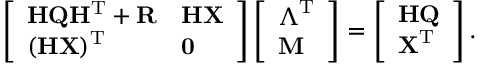
\left[ \begin{array} { l l } { \mathbf { H Q H ^ { \mathrm { T } } + R } } & { \mathbf { H X } } \\ { ( \mathbf { H X } ) ^ { \mathrm { T } } } & { \mathbf { 0 } } \end{array} \right] \left[ \begin{array} { l } { \boldsymbol { \Lambda } ^ { \mathrm { T } } } \\ { \mathbf { M } } \end{array} \right] = \left[ \begin{array} { l } { \mathbf { H Q } } \\ { \mathbf { X } ^ { \mathrm { T } } } \end{array} \right] .